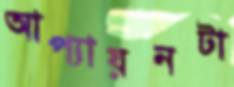
আপ্যায়নটা